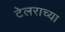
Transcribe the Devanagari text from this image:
टेलराच्या